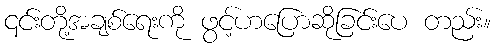
၎င်းတို့အချစ်ရေးကို ဖွင့်ဟပြောဆိုခြင်းပေ တည်း။